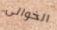
الخوالى